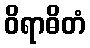
ဝိရာဓိတံ